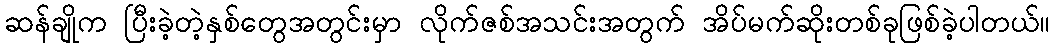
ဆန်ချိုက ပြီးခဲ့တဲ့နှစ်တွေအတွင်းမှာ လိုက်ဇစ်အသင်းအတွက် အိပ်မက်ဆိုးတစ်ခုဖြစ်ခဲ့ပါတယ်။